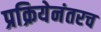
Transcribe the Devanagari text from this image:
प्रक्रियेनंतरच